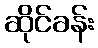
ဆိုင်ခန်း